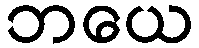
ဘယေ